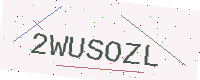
Text: 2WUSOZL